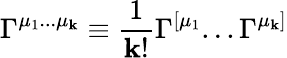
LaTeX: \Gamma^{\mu_{1}...\mu_{\mathbf{k}}}\equiv{\frac{{1}}{{\mathbf{k}!}}}\Gamma^{[\mu_{1}}...\Gamma^{\mu_{\mathbf{k}}]}